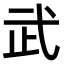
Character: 武